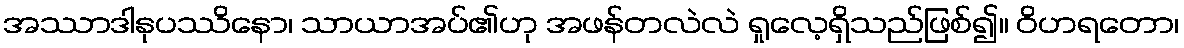
အဿာဒါနုပဿိနော၊ သာယာအပ်၏ဟု အဖန်တလဲလဲ ရှုလေ့ရှိသည်ဖြစ်၍။ ဝိဟရတော၊